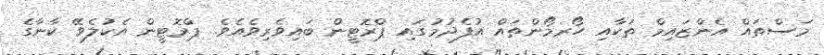
މަސްތައް އެންޒައިމް ތަކާއި ހޯރމޯންތައް އުފެދުމުގައި ޕްރޮޓީން ބައިވެރިވެއެވެ. ޕްރޮޓީން އެކުލެވޭ ކާނާގެ